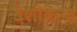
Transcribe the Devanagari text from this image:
देशीकेन्द्र